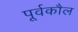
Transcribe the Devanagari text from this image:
पूर्वकौल